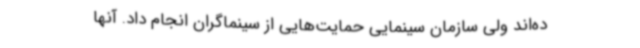
ده‌اند ولی سازمان سینمایی حمایت‌هایی از سینماگران انجام داد. آنها